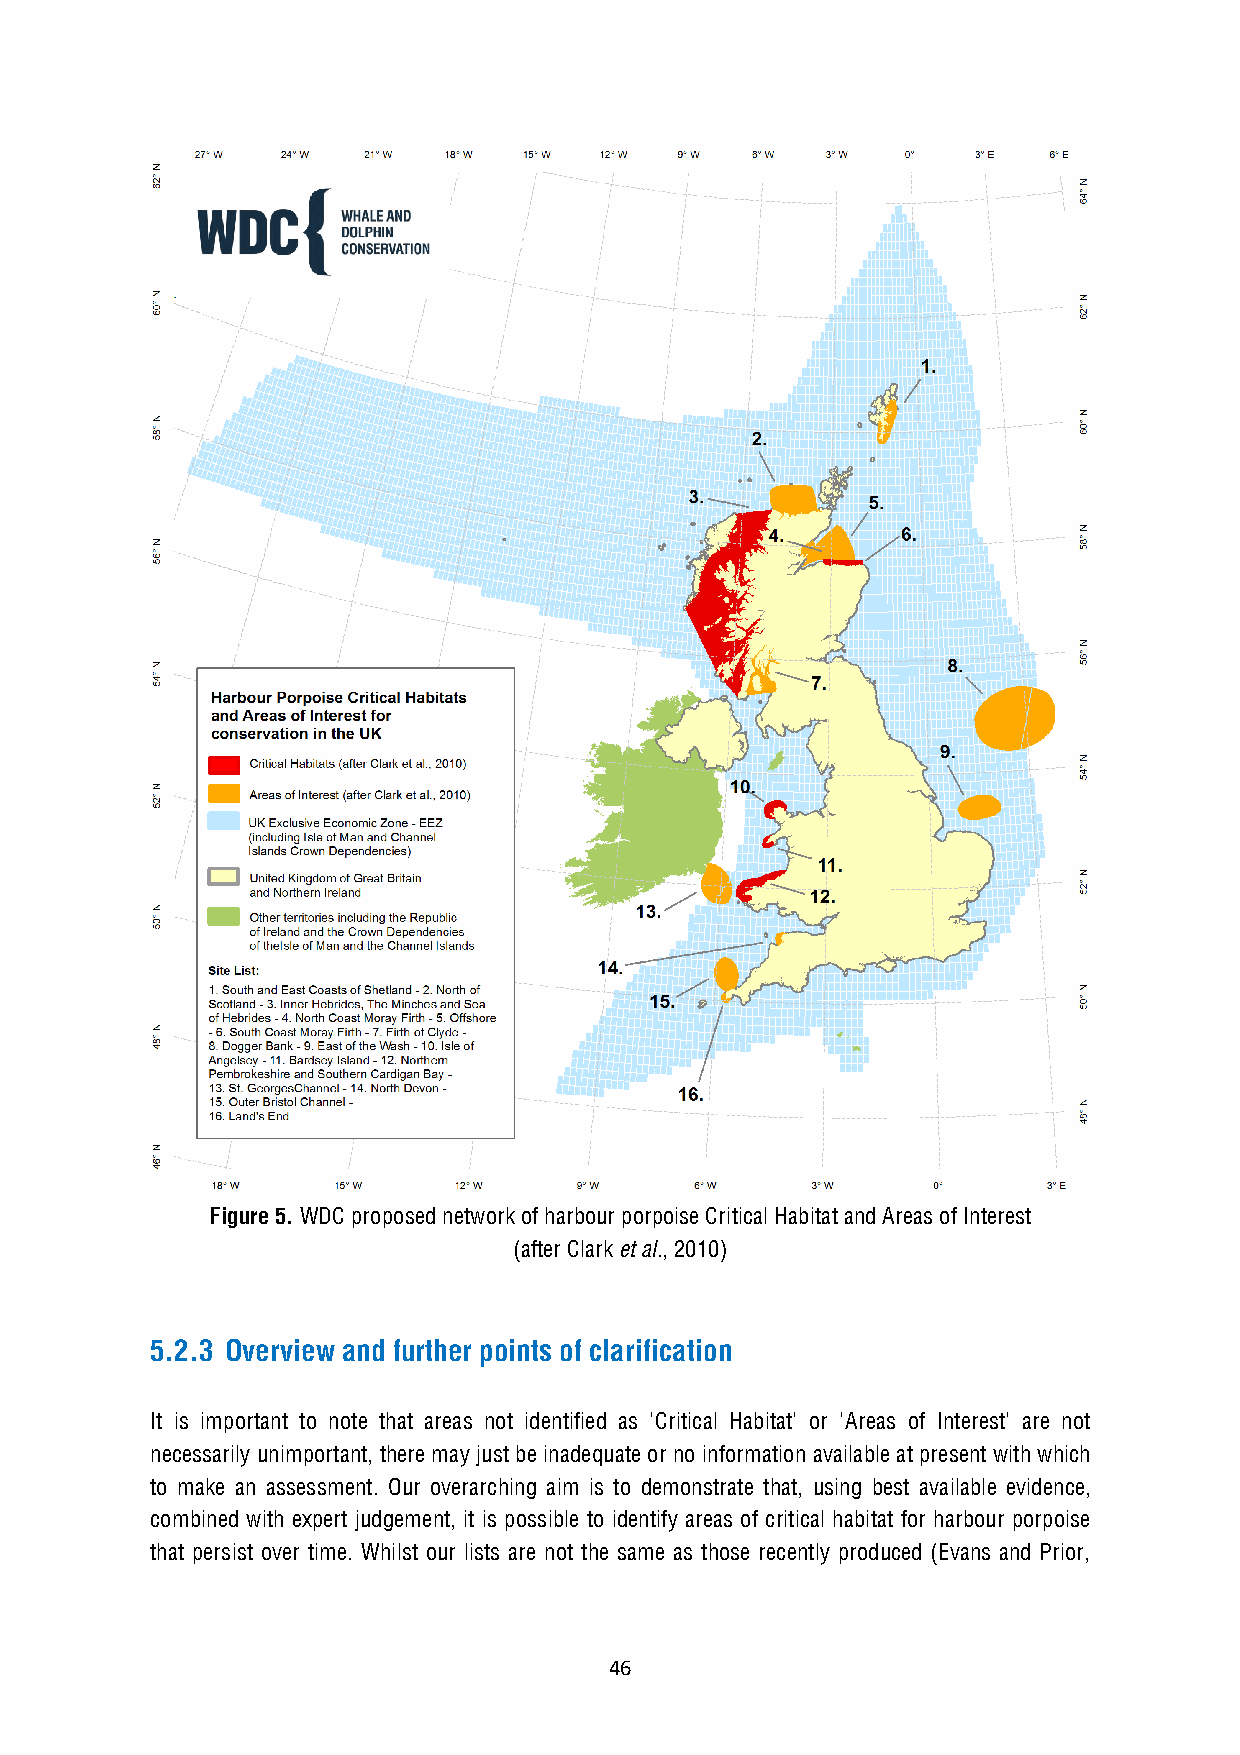
Figure 5. WDC proposed network of harbour porpoise Critical Habitat and Areas of Interest
 (after Clark et al., 2010)
 5.2.3 Overview and further points of clarification
 It is important to note that areas not identified as 'Critical Habitat' or 'Areas of Interest' are not
 necessarily unimportant, there may just be inadequate or no information available at present with which
 to make an assessment. Our overarching aim is to demonstrate that, using best available evidence,
 combined with expert judgement, it is possible to identify areas of critical habitat for harbour porpoise
 that persist over time. Whilst our lists are not the same as those recently produced (Evans and Prior,
 46